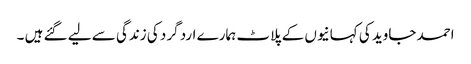
احمد جاوید کی کہانیوں کے پلاٹ ہمارے ارد گرد کی زندگی سے لیے گئے ہیں ۔